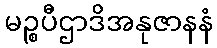
မဉ္စပီဌာဒိအနုဇာနနံ